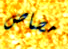
مصاص